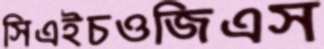
সিএইচওজিএস